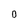
Character: 0